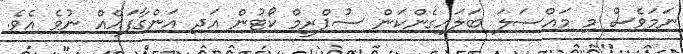
ނަމަވެސް މި މައްސަލަ ބަލައިގެންކަން ސުޕްރީމް ކޯޓުން އަދި އަންގާފައެއް ނުވެ އެވެ.